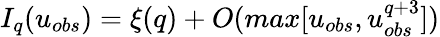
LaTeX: I_{q}(u_{obs})=\xi(q)+O(max[u_{obs},u_{obs}^{q+3}])